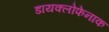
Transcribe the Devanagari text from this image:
डायक्लोफेनाक